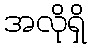
အလိုရှိ